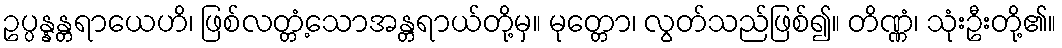
ဥပ္ပန္နန္တရာယေဟိ၊ ဖြစ်လတ္တံ့သောအန္တရာယ်တို့မှ။ မုတ္တော၊ လွတ်သည်ဖြစ်၍။ တိဏ္ဏံ၊ သုံးဦးတို့၏။